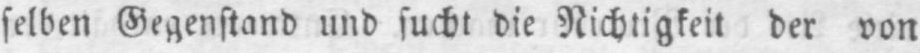
selben Gegenstand und sucht die Nichtigkeit der von